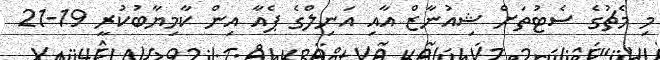
މި މެޗުގެ ސެޓުތަށް ޝިއުނާޒް އާއި އަނިލްގެ ޕެއާ އިން ކާމިޔާބުކުރީ 19-21